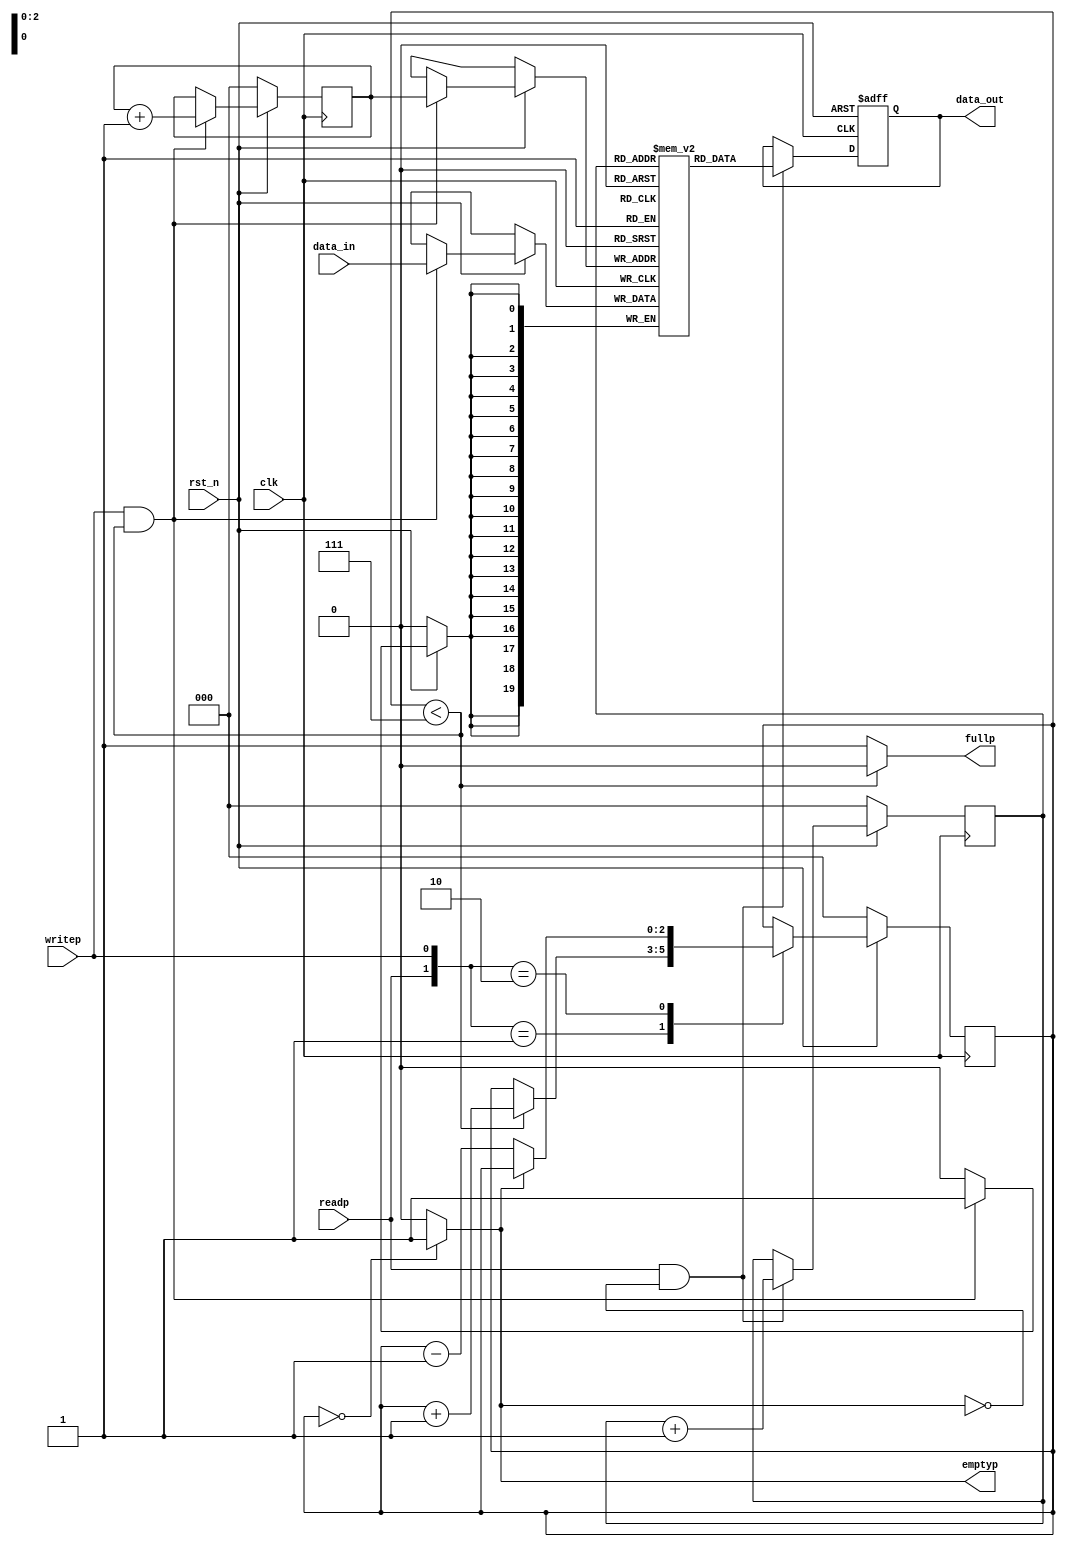

`timescale 1ns/1ns
//////////////////////////////////////////////////////////////////////////////////
// Company:   pku_ims
// Engineer: 
// Copyright(c) 2016,  IMS&SoC Lab
// Design Name:    fifo
// Module Name:    fifo 
// Project Name:   fifo
// Target Devices: 
// Tool versions: 
// Description: 
// Dependencies: 
//
// Revision: 
// Revision 0.01 - File Created
// Additional Comments: 
//
//////////////////////////////////////////////////////////////////////////////////

 module fifo #
  (
       // FIFO: Data Width
	   parameter integer FIFO_DATA_WIDTH	= 20     
   )
    (
       input  wire        clk,
       input  wire        rst_n,
	   
       
       input  wire [FIFO_DATA_WIDTH-1:0] data_in,
       input  wire        writep,
       input  wire        readp,
	   
      
       output reg [FIFO_DATA_WIDTH-1:0] data_out,
       output reg         fullp,
       output reg         emptyp     
  
     );

  // Total number of input data
   localparam NUMBER_OF_INPUT_WORDS  = 8;

   //
	function integer clogb2 (input integer bit_depth);                                   
	  begin                                                                              
	    for(clogb2=0; bit_depth>0; clogb2=clogb2+1)                                      
	      bit_depth = bit_depth >> 1;                                                    
	  end                                                                                
	endfunction                 
   
  localparam bit_num  = clogb2(NUMBER_OF_INPUT_WORDS-1); 
   
   
   
parameter	
		FULL = 3'd7,	//bit_num 'd (NUMBER_OF_INPUT_WORDS-1)
		EMPTY = 3'd0;	


reg [bit_num-1:0]	tail;
reg [bit_num-1:0]	head;

// Define the FIFO counter.  Counts the number of entries in the FIFO which
// is how we figure out things like Empty and Full.
//
reg [bit_num-1:0]	count;

// Define our regsiter bank.  This is actually synthesizable!


reg [FIFO_DATA_WIDTH-1:0] fifomem[0:NUMBER_OF_INPUT_WORDS-1];

// Dout is registered and gets the value that tail points to RIGHT NOW.
//

always @(posedge clk or negedge rst_n) begin
   if (!rst_n) begin
      
      data_out <= 0;
   end
   //read
   else if(readp==1'b1&&emptyp==1'b0) begin
      data_out<= fifomem[tail];
   end
end 
     
// Update FIFO memory.
//write
/*always @(posedge clk)
   if (rst_n == 1'b0) begin
     if (writep == 1'b1 && fullp == 1'b0)
      fifomem[head] <=data_in;
   end*/

   
   
   
// Update the head register.
//
always @(posedge clk) begin
   if (!rst_n) begin
     head <= 0;
   end
   else begin
      if (writep == 1'b1 && fullp == 1'b0) begin
         // WRITE
		 fifomem[head] <=data_in;
         head <= head + 1;
		 
      end
   end
end

// Update the tail register.
//
always @(posedge clk) begin
   if (!rst_n) begin
      tail <= 0;
   end
   else begin
      if (readp == 1'b1 && emptyp == 1'b0) begin
         // READ               
         tail <= tail + 1;
      end
   end
end

// Update the count regsiter.
//
always @(posedge clk) begin
   if (!rst_n) begin
      count <= 0;
   end
   
   else begin
      case ({readp, writep})
         2'b00: count <= count;
         2'b01: 
            // WRITE
            if (!fullp) 
               count <= count + 1;
         2'b10: 
            // READ
            if (!emptyp)
               count <= count - 1;
         2'b11:
            // Concurrent read and write.
			
            count <= count;
			
      endcase
	  
	  
   end
end

         
// *** Update the flags
//
// First, update the empty flag.

/*always @(posedge clk) begin
if (!rst_n) begin
      emptyp <= 1'b1;
      fullp <= 1'b0;
    end
else begin
    case(count)
	7'd0: begin emptyp <= 1'b1;fullp <= 1'b0; end
	7'd79: begin emptyp <= 1'b0;fullp <= 1'b1; count<=count;end
	default : begin emptyp <= 1'b0;fullp <= 1'b0; end
    endcase

end
end*/





always @(count) begin
   if (count == EMPTY)
     emptyp = 1'b1;
   else
     emptyp = 1'b0;
end


// Update the full flag
always @(count) begin
   if (count < FULL)
      fullp = 1'b0;
   else
      fullp = 1'b1;
end

endmodule